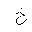
Letter: _kha